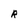
Character: R